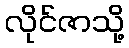
လိုင်ဇာသို့